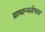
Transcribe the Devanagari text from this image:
प्राधान्यदेणारा